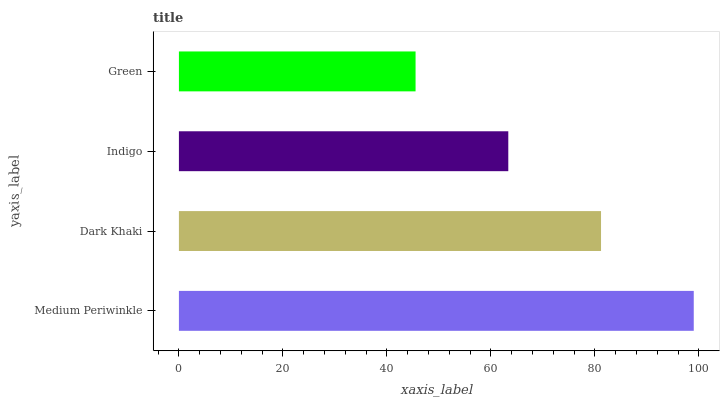
| yaxis_label | bars |
 | --- | --- |
 | Medium Periwinkle | 99 |
 | Dark Khaki | 81.2 |
 | Indigo | 63.3 |
 | Green | 45.5 |